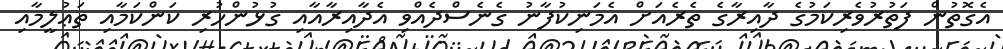
އެގޮތުން ފަތުރުވެރިކަމުގެ ދާއިރާގެ ތެރެއަށް އެމަނިކުފާނު ގެނެސްދެއްވި އެދާއިރާއާއި ގުޅުންހުރި ކަންކަމާއި ތަޢުލީމާއި